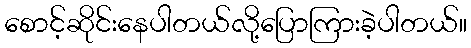
စောင့်ဆိုင်းနေပါတယ်လို့ပြောကြားခဲ့ပါတယ်။